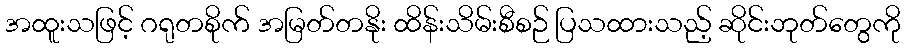
အထူးသဖြင့် ဂရုတစိုက် အမြတ်တနိုး ထိန်းသိမ်းစီစဉ် ပြသထားသည့် ဆိုင်းဘုတ်တွေကို